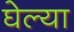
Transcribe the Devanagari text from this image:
घेल्या